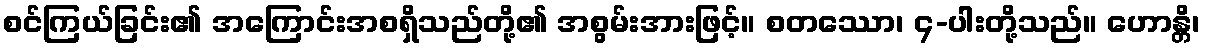
စင်ကြယ်ခြင်း၏ အကြောင်းအစရှိသည်တို့၏ အစွမ်းအားဖြင့်။ စတဿော၊ ၄-ပါးတို့သည်။ ဟောန္တိ၊